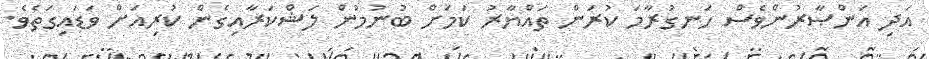
އަދި އަންޞާރުންވެސް ހަނގުރާމަ ކުރަން ތައްޔާރު ކަމަށް ބުނުމުން ލަޝްކަރާއިގެން ކުރިއަށް ވަޑައިގަތެވެ.